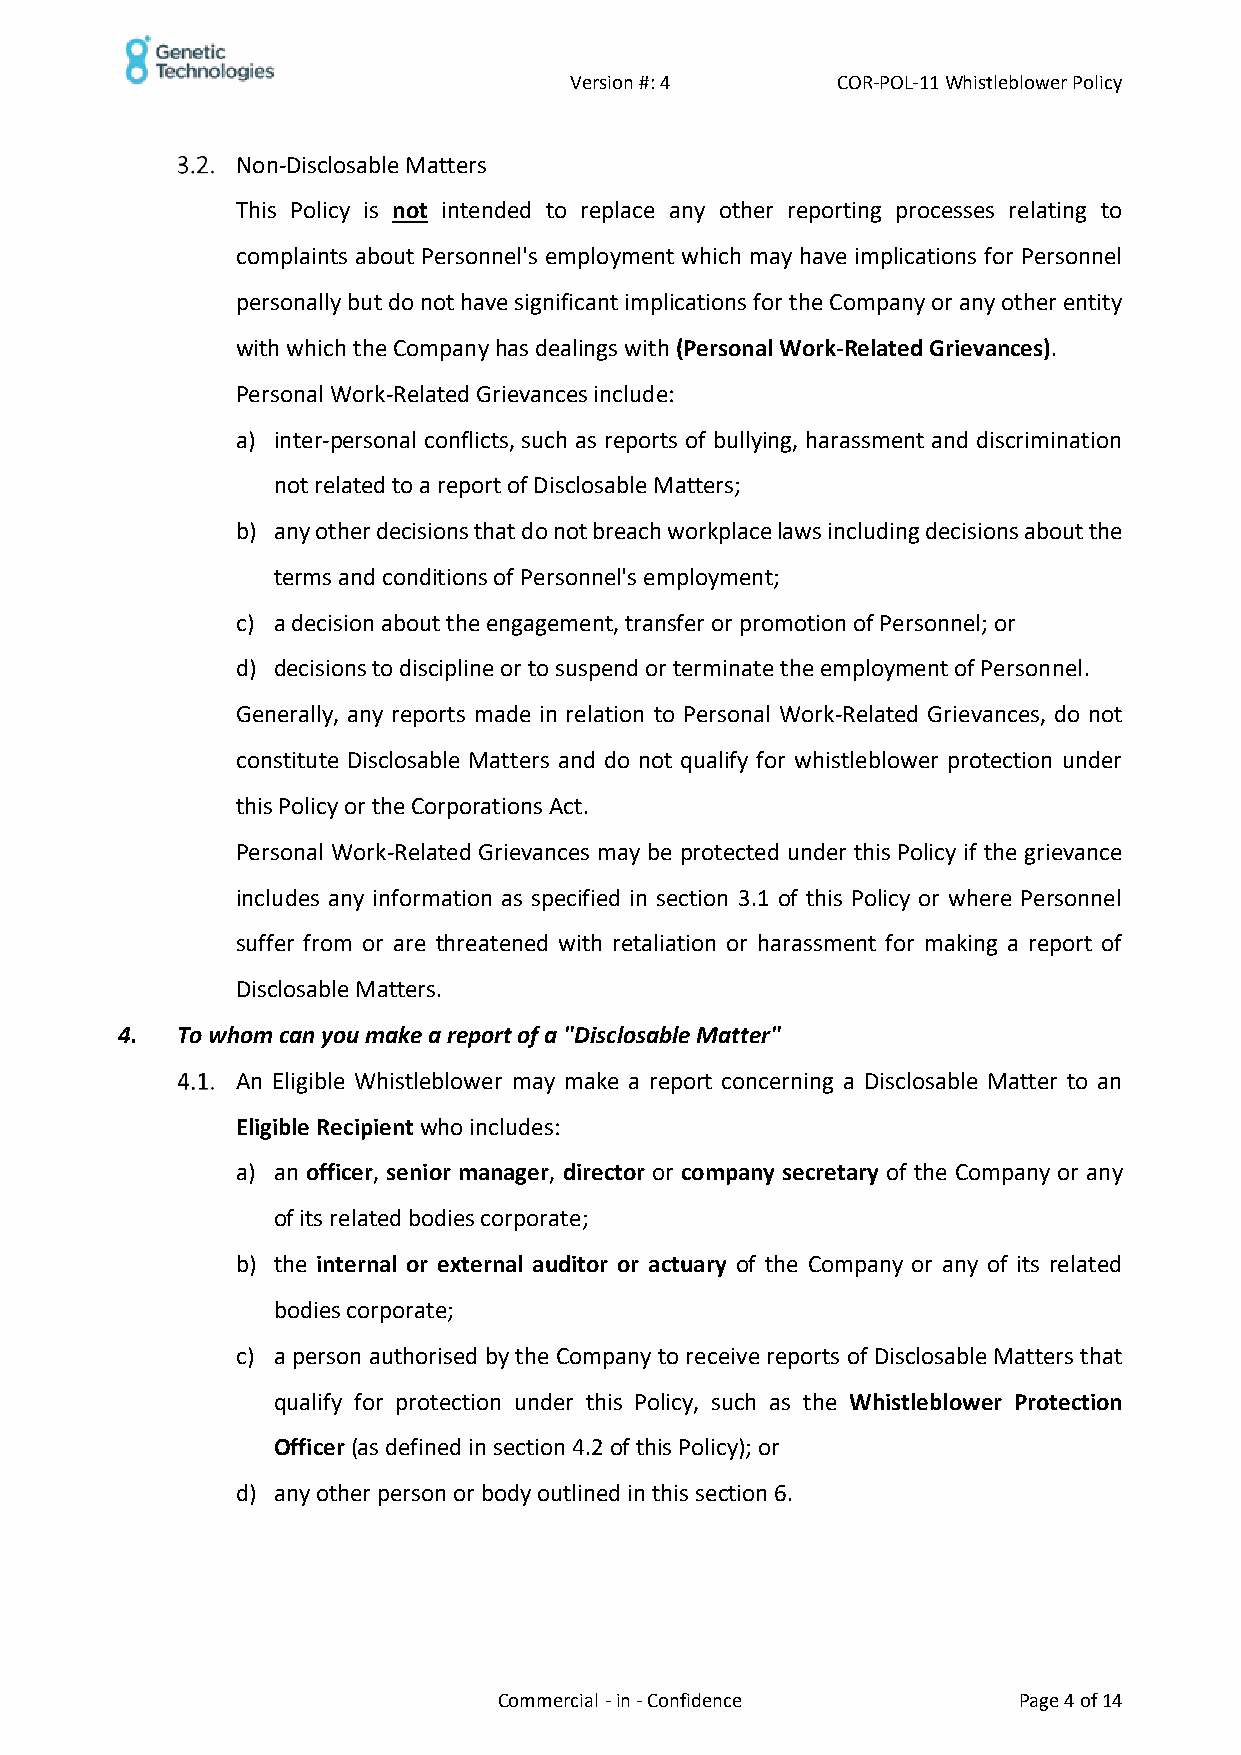
Version #: 4     COR-POL-11 Whistleblower Policy
 Non-Disclosable Matters
 This Policy is not intended to replace any other reporting processes relating to
 complaints about Personnel's employment which may have implications for Personnel
 personally but do not have significant implications for the Company or any other entity
 with which the Company has dealings with (Personal Work-Related Grievances).
 Personal Work-Related Grievances include:
 a) inter-personal conflicts, such as reports of bullying, harassment and discrimination
 not related to a report of Disclosable Matters;
 b) any other decisions that do not breach workplace laws including decisions about the
 terms and conditions of Personnel's employment;
 c) a decision about the engagement, transfer or promotion of Personnel; or
 d) decisions to discipline or to suspend or terminate the employment of Personnel.
 Generally, any reports made in relation to Personal Work-Related Grievances, do not
 constitute Disclosable Matters and do not qualify for whistleblower protection under
 this Policy or the Corporations Act.
 Personal Work-Related Grievances may be protected under this Policy if the grievance
 includes any information as specified in section 3.1 of this Policy or where Personnel
 suffer from or are threatened with retaliation or harassment for making a report of
 Disclosable Matters.
 4.  To whom can you make a report of a "Disclosable Matter"
 An Eligible Whistleblower may make a report concerning a Disclosable Matter to an
 Eligible Recipient who includes:
 a) an officer, senior manager, director or company secretary of the Company or any
 of its related bodies corporate;
 b) the internal or external auditor or actuary of the Company or any of its related
 bodies corporate;
 c) a person authorised by the Company to receive reports of Disclosable Matters that
 qualify for protection under this Policy, such as the Whistleblower Protection
 Officer (as defined in section 4.2 of this Policy); or
 d) any other person or body outlined in this section 6.
 Commercial - in - Confidence      Page 4 of 14